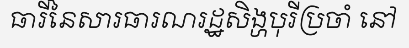
ធារីនៃសារធារណរដ្ឋសិង្ហបុរីប្រចាំ នៅ